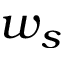
w _ { s }